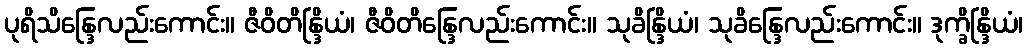
ပုရိသိန္ဒြေလည်းကောင်း။ ဇီဝိတိန္ဒြိယံ၊ ဇီဝိတိန္ဒြေလည်းကောင်း။ သုခိန္ဒြိယံ၊ သုခိန္ဒြေလည်းကောင်း။ ဒုက္ခိန္ဒြိယံ၊